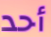
أحد